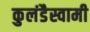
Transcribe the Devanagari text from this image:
कुलंडैस्वामी